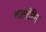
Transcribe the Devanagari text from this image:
प्लास्टिसिन